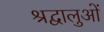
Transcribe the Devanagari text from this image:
श्रद्वालुओं